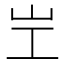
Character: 㞬